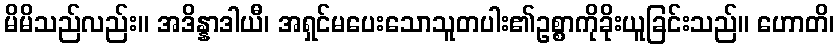
မိမိသည်လည်း။ အဒိန္နာဒါယီ၊ အရှင်မပေးသောသူတပါး၏ဥစ္စာကိုခိုးယူခြင်းသည်။ ဟောတိ၊